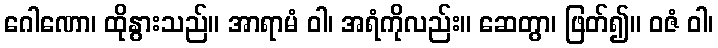
ဂေါဏော၊ ထိုနွားသည်။ အာရာမံ ဝါ၊ အရံကိုလည်း။ ဆေတွာ၊ ဖြတ်၍။ ဝဇံ ဝါ၊